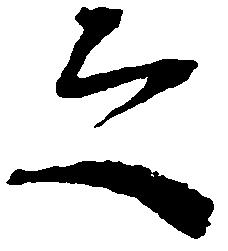
之